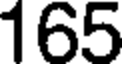
165